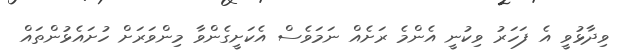
ވިދާޅުވީ އެ ފަހަރު ވިކުނީ އެންމެ ރަށެއް ނަމަވެސް އެކަށީގެންވާ މިންވަރަށް ހުށައެޅުންތައް